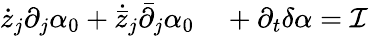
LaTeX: \begin{array}{rl}{{\dot{z}}_{j}\partial_{j}\alpha_{0}+{\dot{\bar{z}}}_{j}{\bar{\partial}}_{j}\alpha_{0}}&{{}+\partial_{t}\delta\alpha=\mathcal I}\end{array}